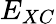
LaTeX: E_{XC}